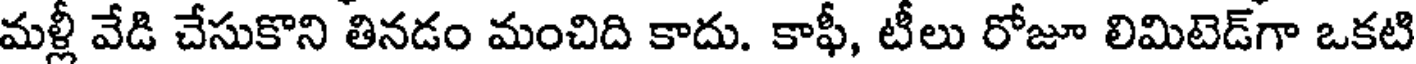
మళ్లీ వేడి చేసుకొని తినడం మంచిది కాదు. కాఫీ, టీలు రోజూ లిమిటెడ్గా ఒకటి